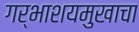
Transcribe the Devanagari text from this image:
गर्भाशयमुखाचा